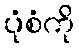
ပုံစံကို